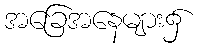
အခြေအနေများ၌